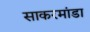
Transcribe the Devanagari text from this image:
साकरमांडा